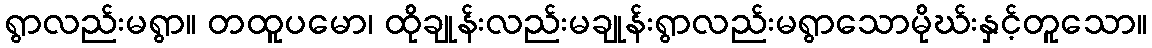
ရွာလည်းမရွာ။ တထူပမော၊ ထိုချုန်းလည်းမချုန်းရွာလည်းမရွာသောမိုဃ်းနှင့်တူသော။